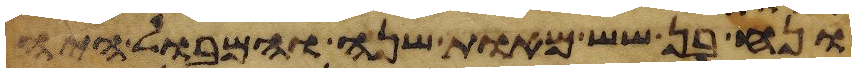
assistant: ונח בן שש מאות שנה והמבול היה